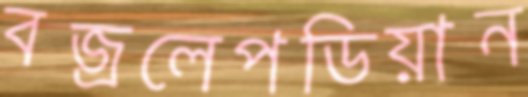
বজ্রলেপডিয়ান